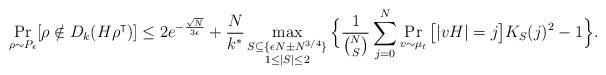
LaTeX: \begin{align*} \Pr_{\rho\sim P_\epsilon}[\rho\notin D_k(H\rho^\intercal)]&\leq 2e^{-\frac{\sqrt{N}}{3\epsilon}}+\frac{N}{k^*} \mathop{\max}_{\substack{S\subseteq \{\epsilon N\pm N^{3/4}\} \\ 1\leq|S|\leq 2}} \Big\{ \frac{1}{\binom{N}{S}}\sum_{j=0}^N \Pr_{v\sim\mu_{t}}\big[|v H|=j\big] K_S(j)^2 -1 \Big\}.\end{align*}